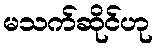
မသက်ဆိုင်ဟု